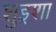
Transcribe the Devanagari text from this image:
शुइशा